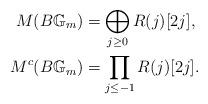
LaTeX: \begin{align*} M(B\mathbb{G}_m)&=\bigoplus_{j\geq 0} R(j)[2j],\\ M^c(B\mathbb{G}_m)&=\prod_{j\leq -1} R(j)[2j].\end{align*}